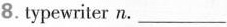
8.typewriter n. ___